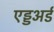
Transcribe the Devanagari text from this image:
एड्डअर्ड